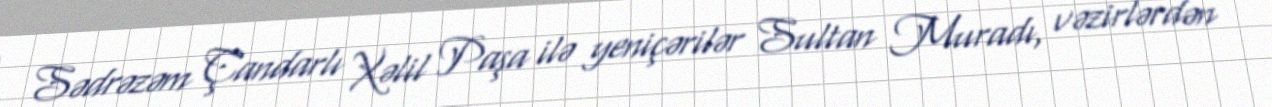
Sədrəzəm Çandarlı Xəlil Paşa ilə yeniçərilər Sultan Muradı, vəzirlərdən